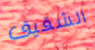
الشقيق